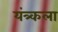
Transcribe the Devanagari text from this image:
यंत्र्कला